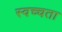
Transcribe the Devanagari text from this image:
स्वच्चता